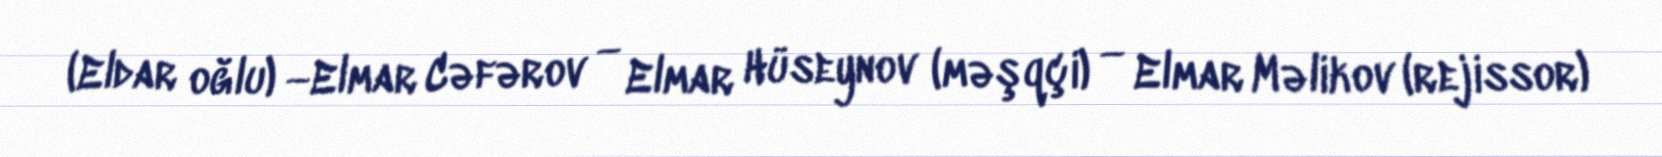
(Eldar oğlu) —Elmar Cəfərov — Elmar Hüseynov (məşqçi) — Elmar Məlikov (rejissor)